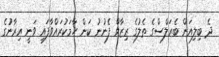
ދެ ބިލިއަން ބެރަލްސްގެ ތެލުގެ ރިޒާވް ފެނުނު ކަން ހާމަކުރައްވާފައި ވަނީ އިރާނުުގެ